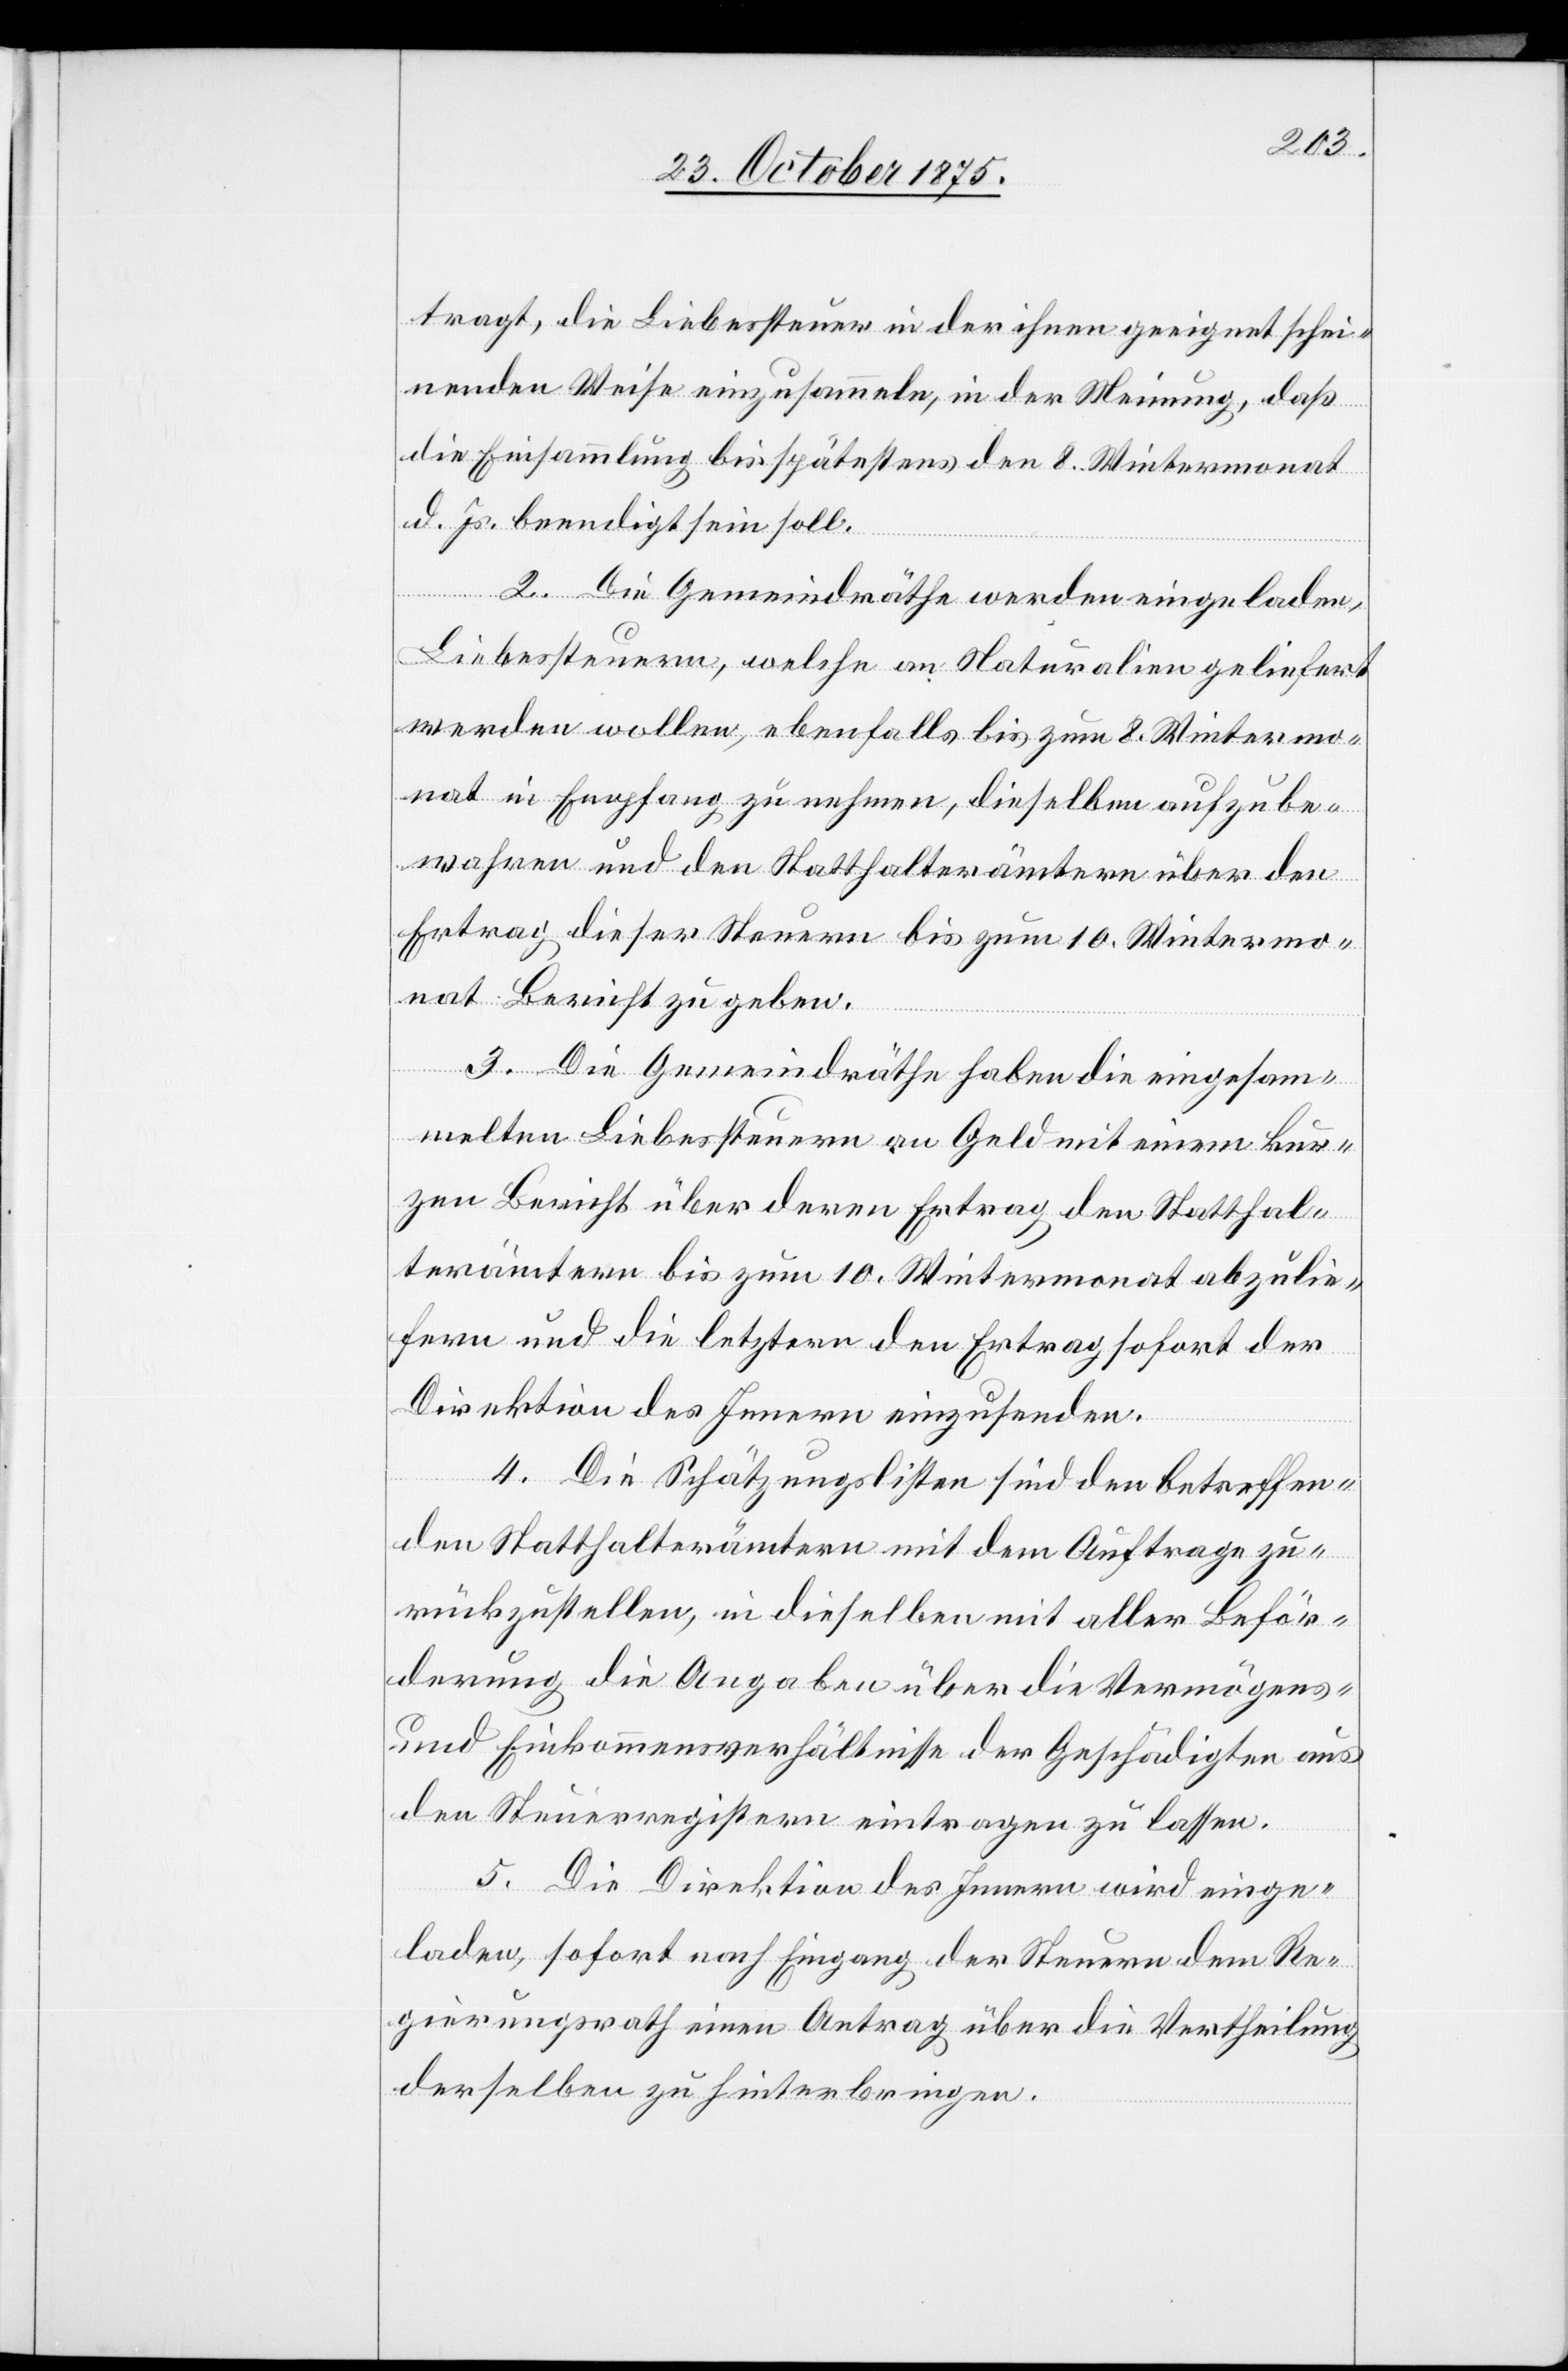
tragt, die Liebessteuer in der ihnen geeignet schei¬
nenden Weise einzusammeln, in der Meinung, daß
die Einsammlung bis spätestens den 8. Wintermonat
d. Js. beendigt sein soll.
2. Die Gemeindräthe werden eingeladen,
Liebessteuern, welche an Naturalien geliefert
werden wollen, ebenfalls bis zum 8. Wintermo¬
nat in Empfang zu nehmen, dieselben aufzube¬
wahren und den Statthalterämtern über den
Ertrag dieser Steuern bis zum 10. Wintermo¬
nat Bericht zu geben.
3. Die Gemeindräthe haben die eingesam¬
melten Liebessteuern an Geld mit einem kur¬
zen Bericht über deren Ertrag den Statthal¬
terämtern bis zum 10. Wintermonat abzulie¬
fern und die letztern den Ertrag sofort der
Direktion des Innern einzusenden.
4. Die Schätzungslisten sind den betreffen¬
den Statthalterämtern mit dem Auftrage zu¬
rückzustellen, in dieselben mit aller Beför¬
derung die Angaben über die Vermögens-
und Einkommensverhältnisse der Geschädigten aus
den Steuerregistern eintragen zu lassen.
5. Die Direktion des Innern wird einge¬
laden, sofort nach Eingang der Steuern dem Re¬
gierungsrath einen Antrag über die Vertheilung
derselben zu hinterbringen.